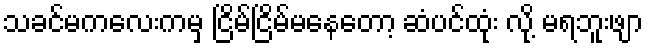
သခင်မကလေးကမှ ငြိမ်ငြိမ်မနေတော့ ဆံပင်ထုံး လို့ မရဘူးဖျာ